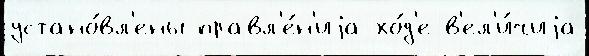
устано́вл'ены правл'е́н'иjа хо́д'е в'ел'и́чиjа